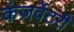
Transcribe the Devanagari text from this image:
कंज़र्वेटरी